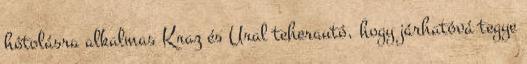
hótolásra alkalmas Kraz és Ural teherautó, hogy járhatóvá tegye